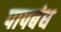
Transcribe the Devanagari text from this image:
पापबंध